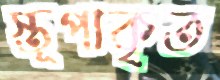
স্তূপাকৃত